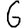
Digit: 6